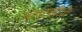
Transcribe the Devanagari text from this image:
पलटणीने